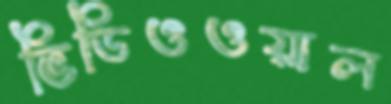
ভিডিওওয়াল